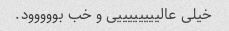
خیلی عالییییییییی و خب بووووود.